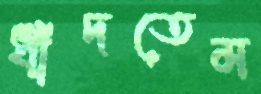
ধাঁদতেম